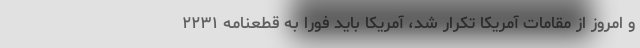
و امروز از مقامات آمریکا تکرار شد، آمریکا باید فورا به قطعنامه ۲۲۳۱